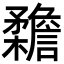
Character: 𣠳